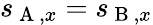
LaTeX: s_{\mathrm{~A~},x}=s_{\mathrm{~B~},x}